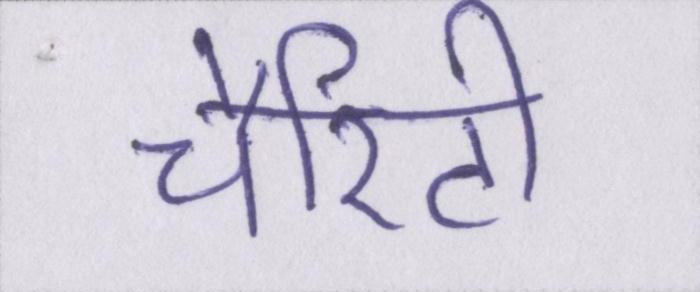
चैरिटी